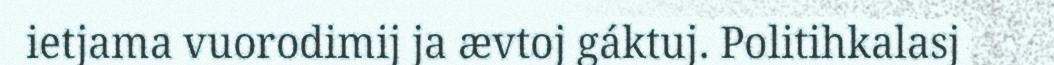
ietjama vuorodimij ja ævtoj gáktuj. Politihkalasj